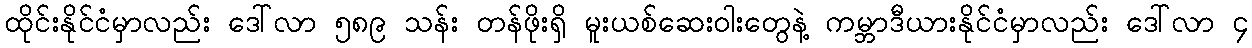
ထိုင်းနိုင်ငံမှာလည်း ဒေါ်လာ ၅၈၉ သန်း တန်ဖိုးရှိ မူးယစ်ဆေးဝါးတွေနဲ့ ကမ္ဘာဒီယားနိုင်ငံမှာလည်း ဒေါ်လာ ၄